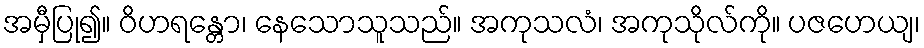
အမှီပြု၍။ ဝိဟရန္တော၊ နေသောသူသည်။ အကုသလံ၊ အကုသိုလ်ကို။ ပဇဟေယျ၊